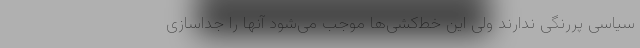
سیاسی پررنگی ندارند ولی این خط‌کشی‌ها موجب می‌شود آنها را جداسازی